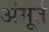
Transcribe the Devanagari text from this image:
अंमूर्त